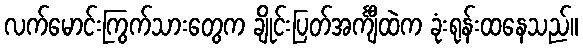
လက်မောင်းကြွက်သားတွေက ချိုင်းပြတ်အင်္ကျီထဲက ခုံးရုန်းထနေသည်။